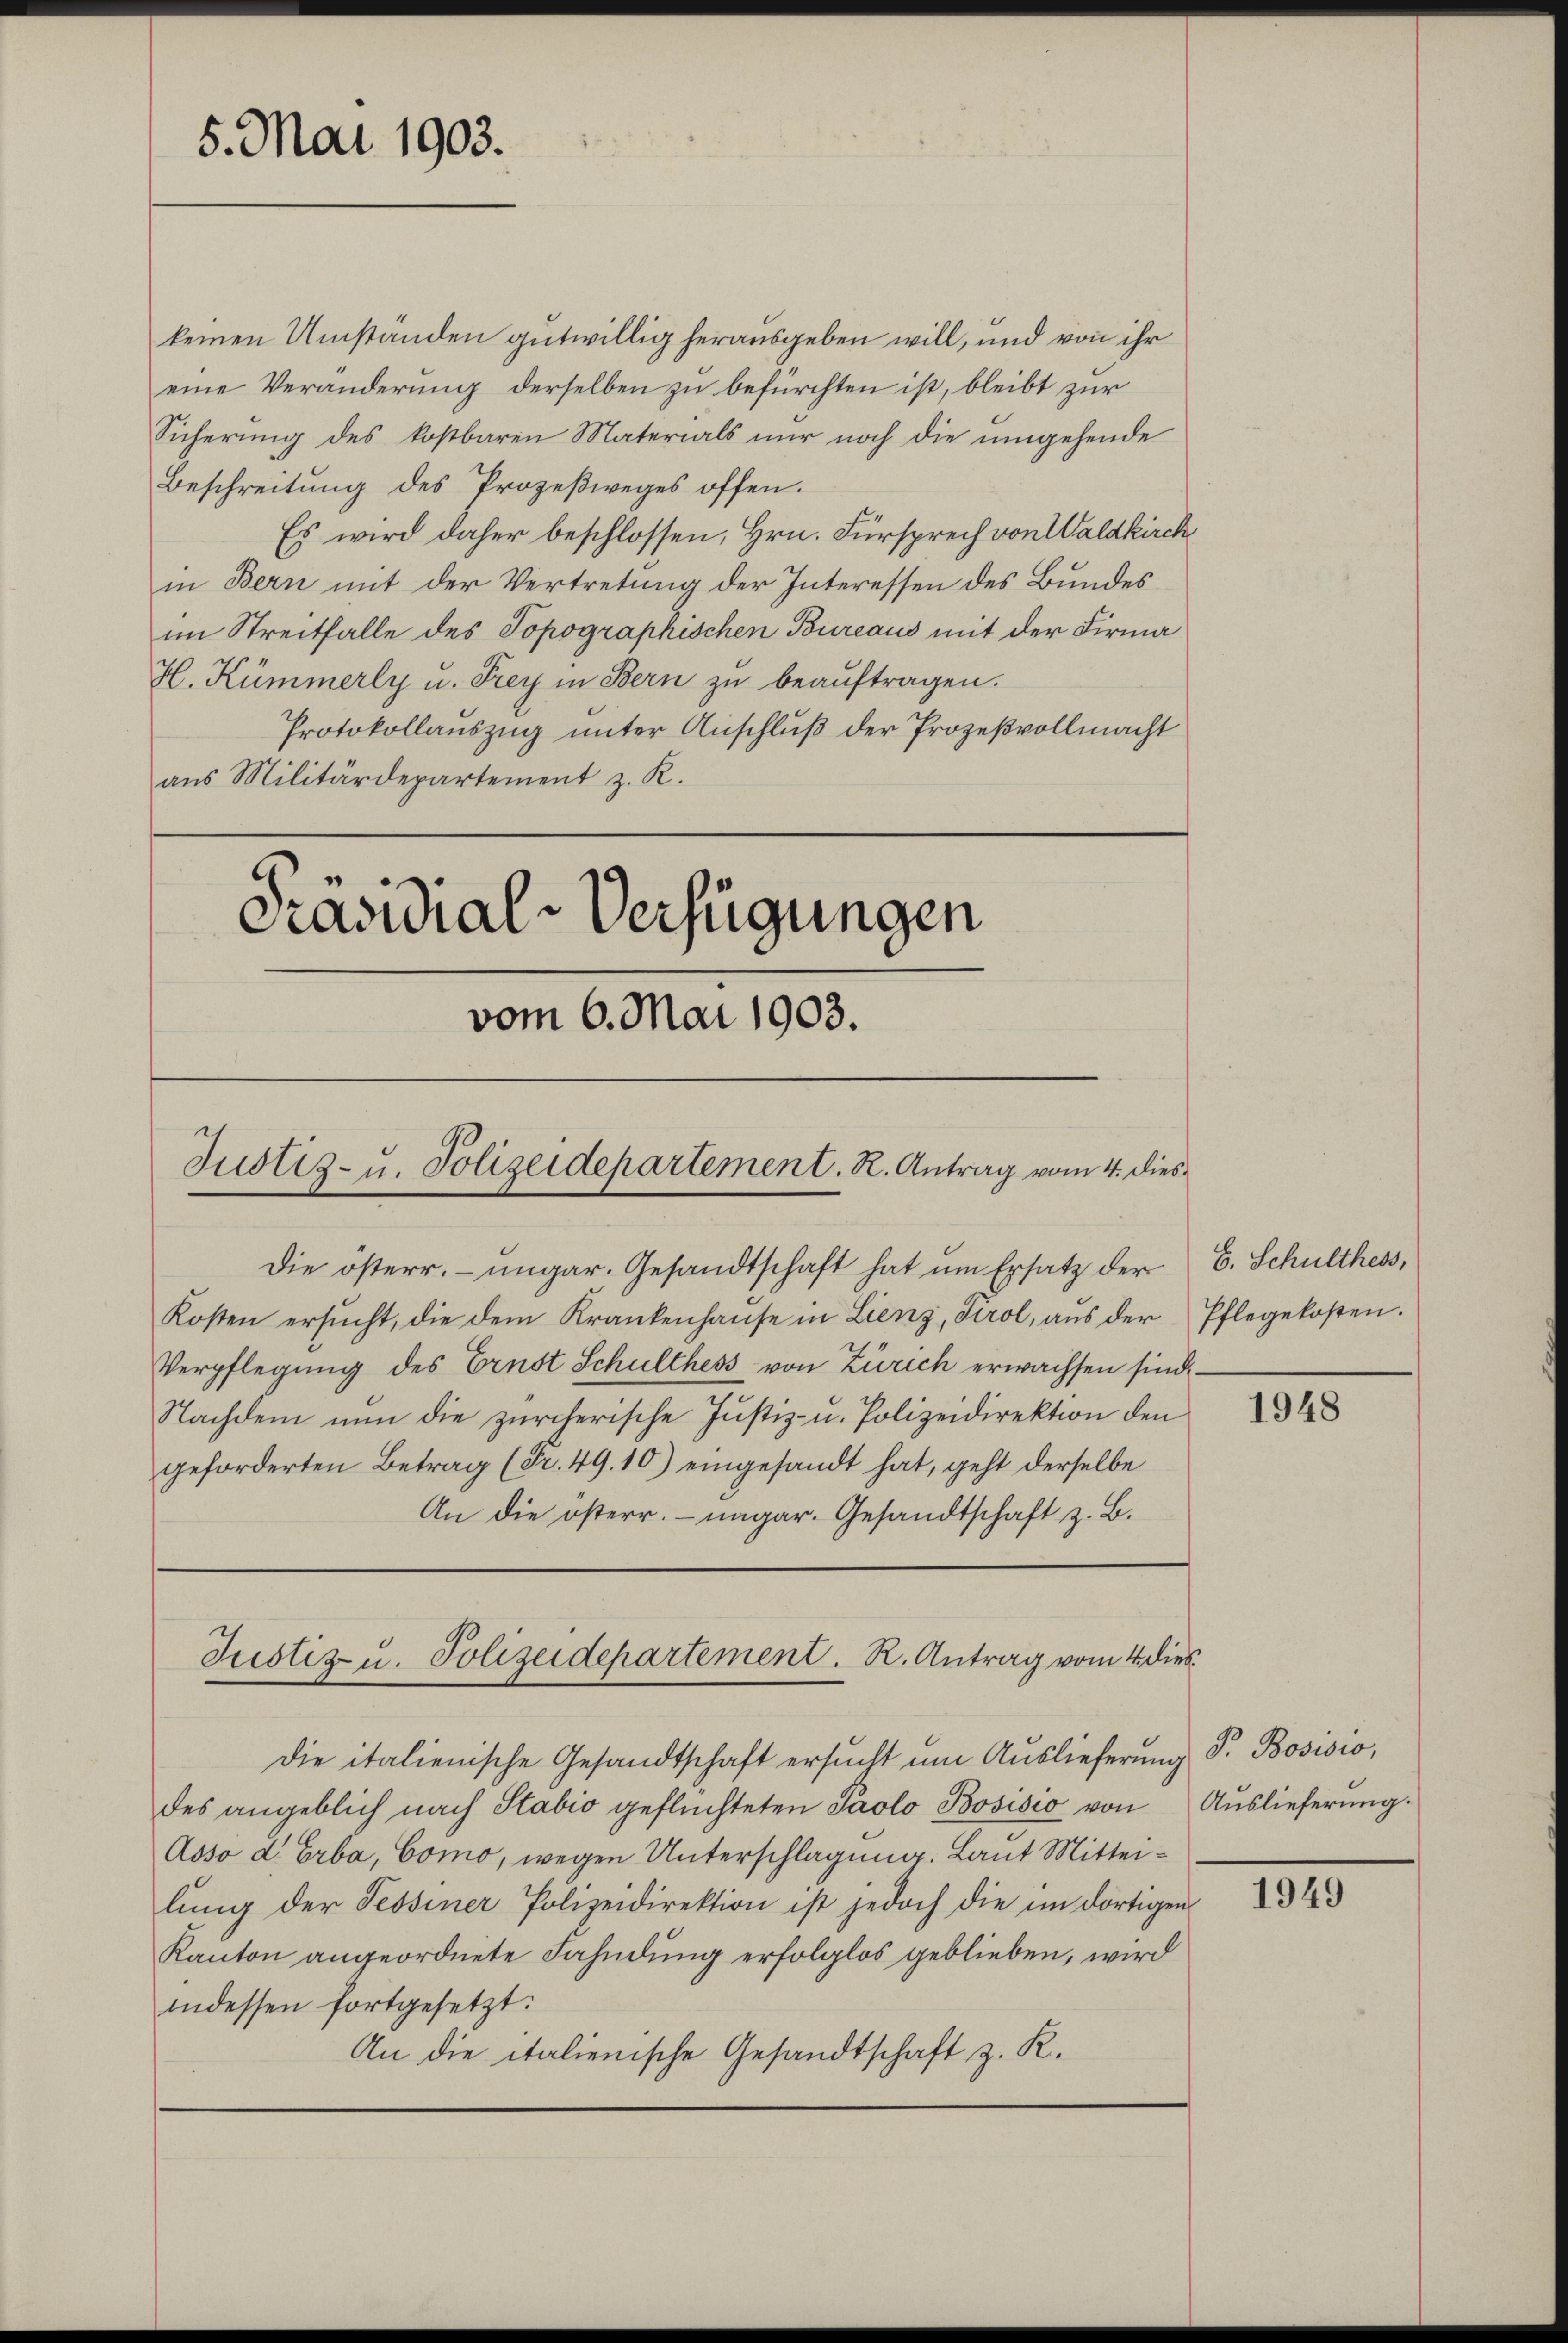
5. Mai 1903.

keinen Umständen gutwillig herausgeben will, und von ihr
eine Veränderung derselben zu befürchten ist, bleibt zur
Sicherung des kostbaren Materials nur noch die umgehende
Beschreitung des Prozeßweges offen.
Es wird daher beschlossen, Hrn. Fürsprech von Waldkirch
in Bern mit der Vertretung der Interessen des Bundes
im Streitfalle des Topographischen Bureaus mit der Firma
H. Kümmerly u. Frey in Bern zŭ beaŭftragen.
Protokollauszug unter Anschluß der Prozeßvollmacht
aŭs Militärdepartement z. R.
Präsidial-Verfügungen
vom 6. Mai 1903.

Justiz- u. Polizeidepartement. R. Antrag vom 4. dies¬

Justiz u. Polizeidepartement. R. Antrag vom 4. dies

Die österr. ungar. Gesandtschaft hat um Ersatz der
Kosten ersucht, die dem Krankenhause in Lienz, Tirol, aus der
Verpflegung des Ernst Schulthess von Zürich erwachsen sind.
Nachdem nun die zürcherische Justiz- u. Polizeidirektion den
geforderten Betrag (Fr. 49. 10) eingesandt hat, geht derselbe
An die österr. - nagar. Gesandtschaft z. B.

die italienische Gesandtschaft ersucht um Auslieferung P. Bosisio,
des angeblich nach Stabio geflüchteten Paolo Bosisio von Auslieferung.
Asso d. Erba, Como, wegen Unterschlagung. Laut Mitteilŭng der Tessiner Polizeidirektion ist jedoch die im dortigen
Kanton angeordnete Fahndung erfolglos geblieben, wird
indessen fortgesetzt:
An die italienische Gesandtschaft z. R.

E. Schulthess,
Pflegekosten.

1948

1949